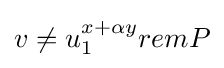
v\neq u_{1}^{x+{\alpha }y}remP